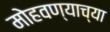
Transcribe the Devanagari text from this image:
मोहवण्याच्या